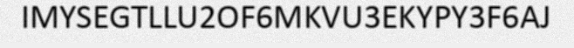
IMYSEGTLLU2OF6MKVU3EKYPY3F6AJ